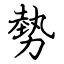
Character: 勢